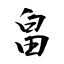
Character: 畠